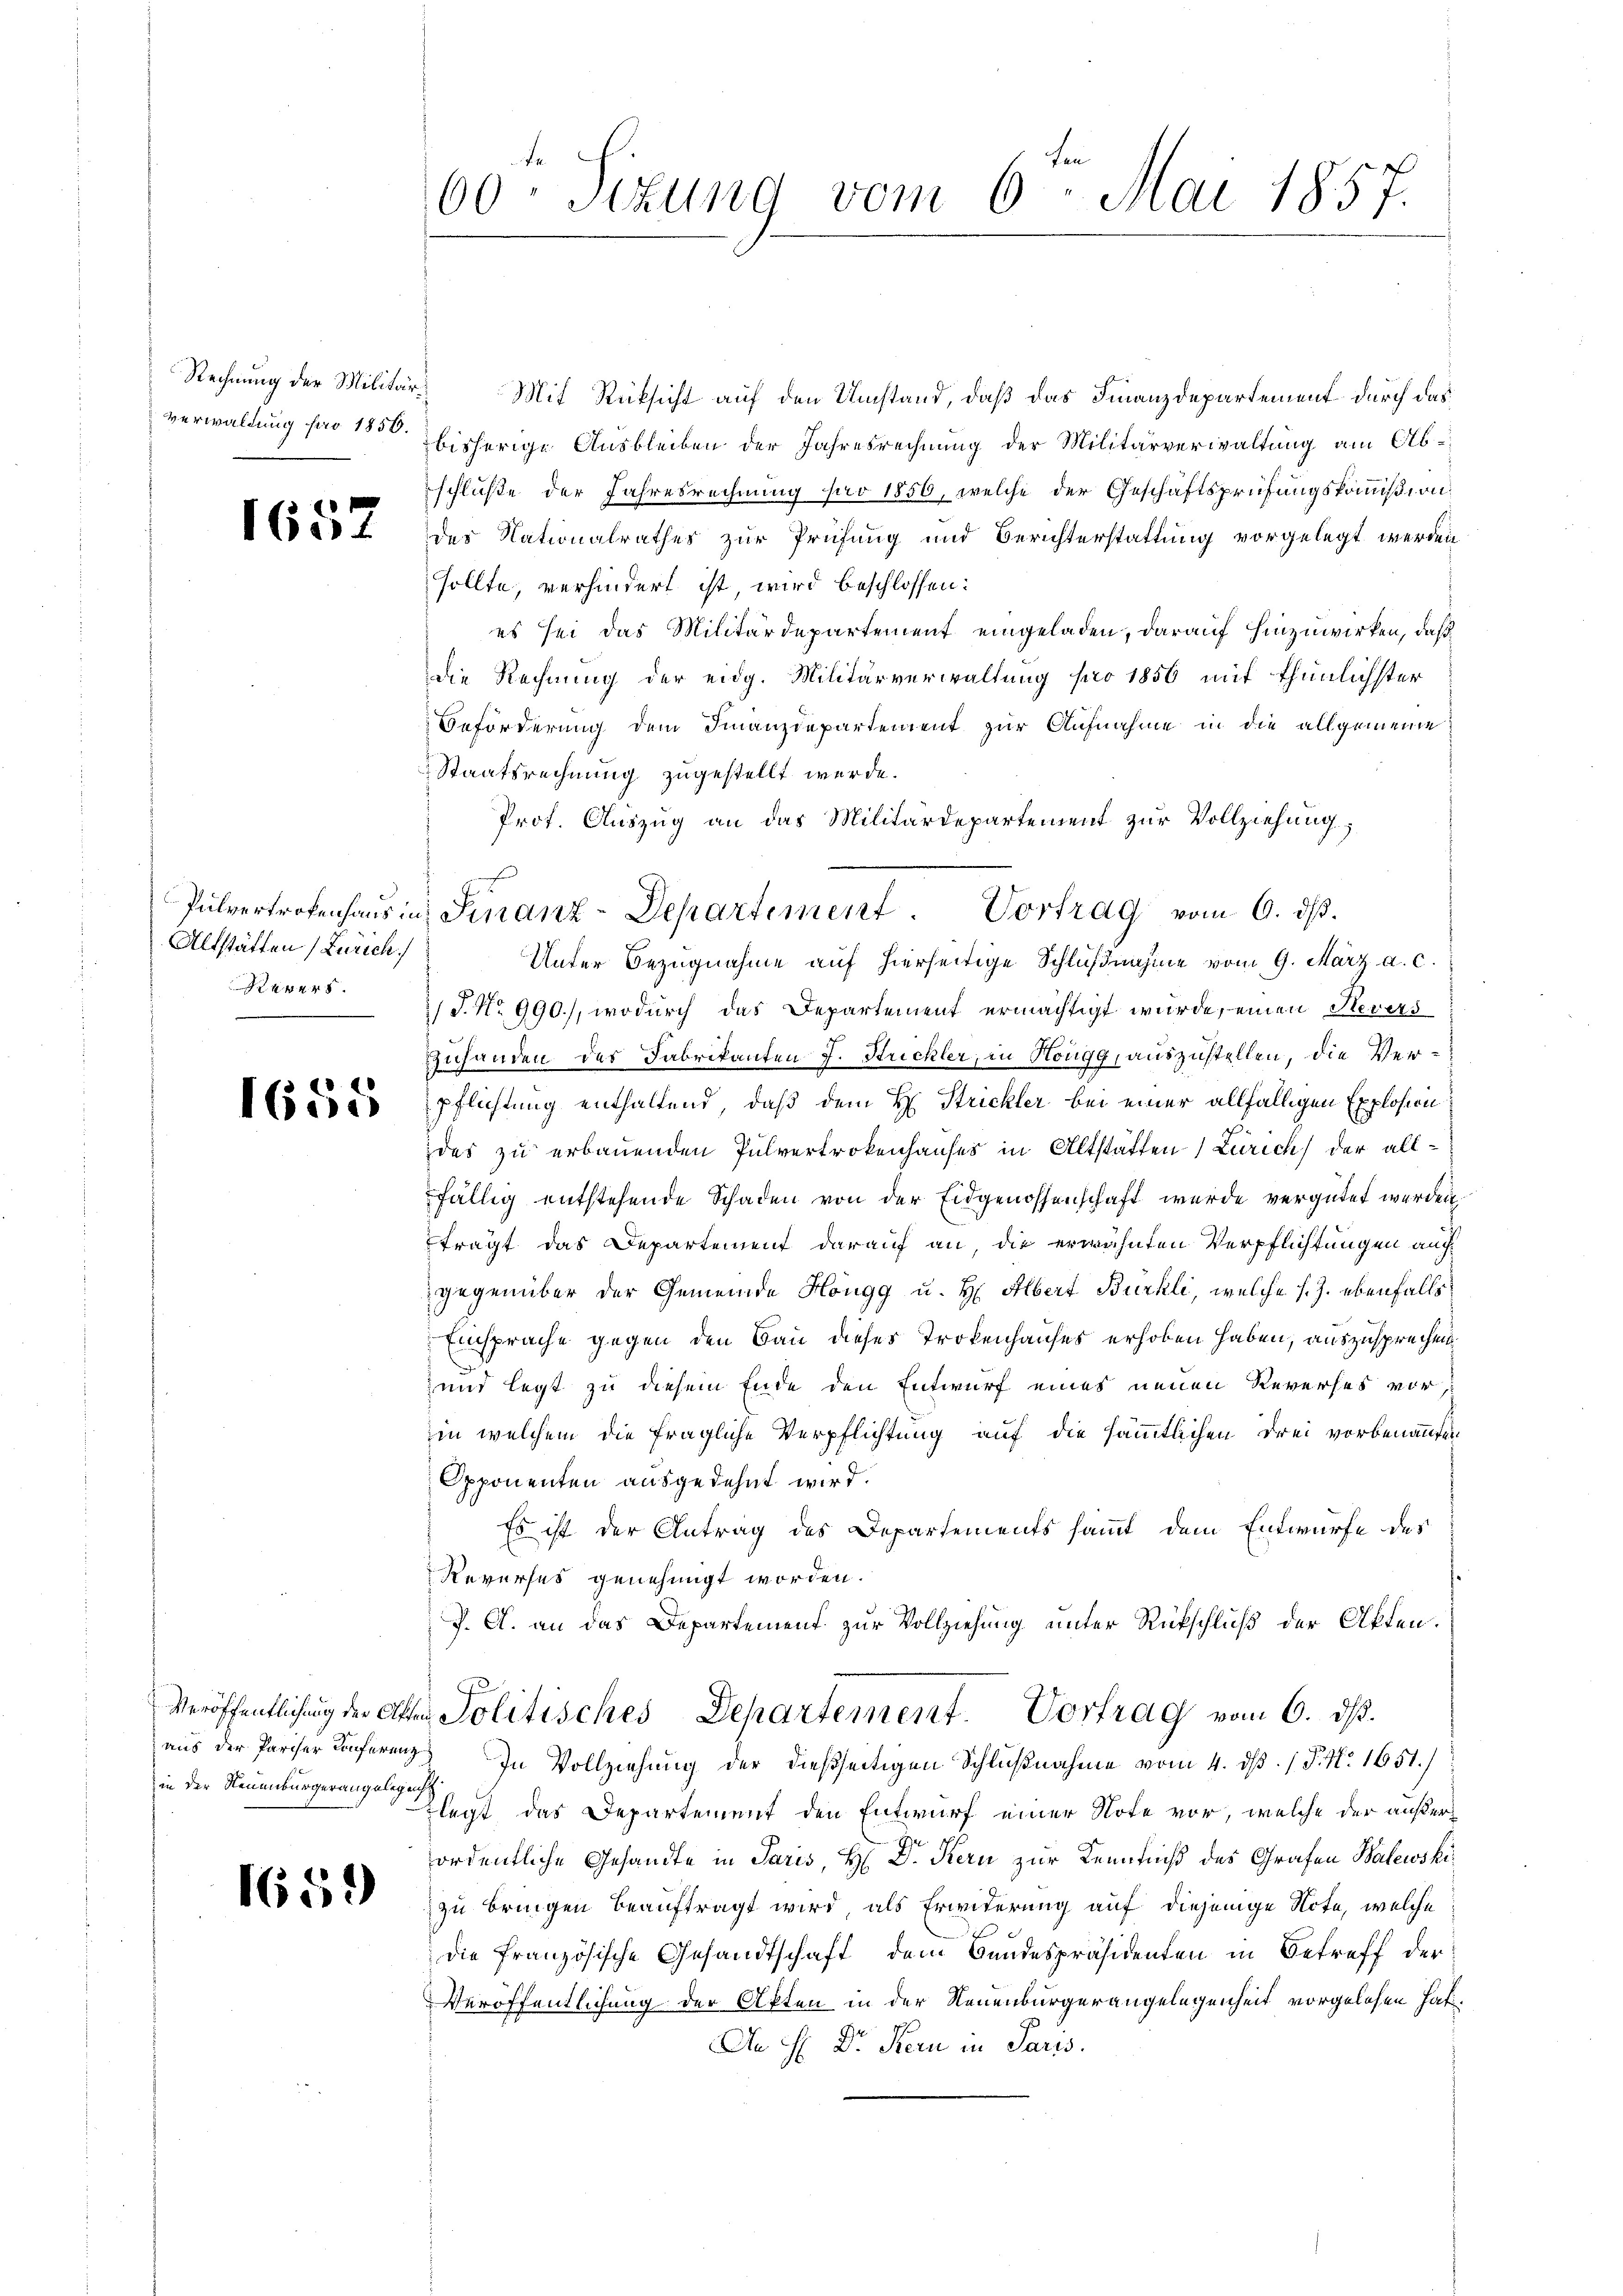
Rechnung der Militär¬
Verwaldung pro 1856.

1652

Pulvertroffenhaus in
Altstätten (Zürich
Revers

1655

aus der Pariser Konferenz
in der Neuenburgerangelegens

1659

60. Sizung vom 6. Mai 1857.

Mit Rücksicht auf den Umstand, daß das Finanzdepartement durch das
bisherige Ausbleiben der Jahresrechnung der Militärverwaltung am Abschluße der Jahresrechnung pro 1856, welche der Geschäftsprüfungskommißion
des Nationalrathes zur Prüfung und Berichterstattung vorgelegt werden
sollte, verhindert ist, wird beschlossen:
es sei das Militärdepartement eingeladen, darauf hinzuwirken, daß
die Rechnung der eidg. Militärverwaltung pro 1856 mit thunlichster
Beförderung dem Finanzdepartement zur Aufnahme in die allgemeine
Staatsrechnung zugestellt werde.
Prof. Auszug an das Militärdepartement zur Vollziehung,
Unter Bezugnahme auf hierseitige Schlußnahme vom 9. März a. c.
/J. No 990), wodurch das Departement ermächtigt wurde, einen Stevers
Zuhanden des Fabrikanten J. Strichler, in Höngg, auszustellen, die Verpflichtung enthaltend, daß dem H. Strickler bei einer allfälligen Explosion
des zu erbauenden Pulvertrokenhauses in Altstätten Zürich der allfällig entstehende Schaden von der Eidgenossenschaft wurde vergütet werden.
trägt das Departement darauf an, die erwähnten Verpflichtungen auf
gegenüber der Gemeinde Höngg u. H. Albert Bürkli, welche s. Z. ebenfalls
Einsprache gegen den Bau dieses Trokenhauses erhoben haben, auszusprechen.
.
und legt zu diesem Ende den Entwurf eines neuen Reverses vor,
in welchem die fragliche Verpflichtung auf die sämmtlichen Drei vorbenannten
Opponenten ausgedehnt wird.
Es ist der Antrag des Departements samt dem Entwurfe des
Reverses genehmigt worden.
J. A. an das Departement zur Vollziehung unter Rückschluß der Akten.
Veröffentlichung der Akten Politisches Departement. Vortrag vom 6. ds.
In Vollziehung der dießseitigen Schlußnahme vom 4. dß. / P. Nr. 1651.)
Klegt das Departement den Entwurf einer Note vor, welche der außerfordentliche Gesandte in Paris, H. Dr. Kern zur Kenntniß des Grafen Balewski
zu bringen beauftragt wird als Erwiderung auf diejenige Note, welche
die französische Gesandtschaft dem Bundespräsidenten in Betreff der
Veröffentlichung der Akten in der Neuenburgerangelegenheit vorgelesen hat.
An H. Dr. Kern in Paris.

f
Finanz-Departement. Vortrag vom 6. ds.